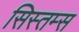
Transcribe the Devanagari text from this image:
सिस्तम्स